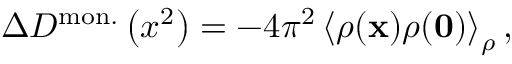
\Delta { \cal D } ^ { \mathrm { m o n . } } \left( x ^ { 2 } \right) = - 4 \pi ^ { 2 } \left< \rho ( { \bf x } ) \rho ( { \bf 0 } ) \right> _ { \rho } ,